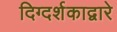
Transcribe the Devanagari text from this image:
दिग्दर्शकाद्वारे